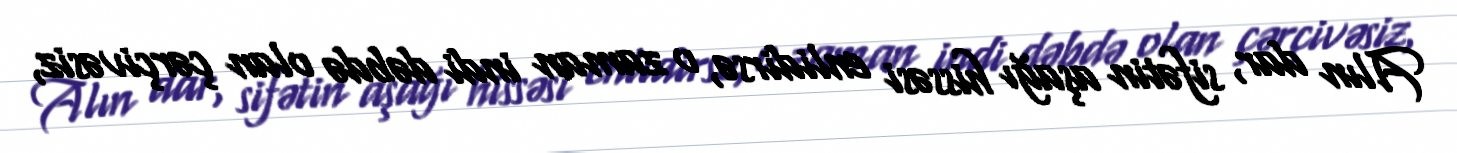
Alın dar, sifətin aşağı hissəsi enlidirsə, o zaman indi dəbdə olan çərçivəsiz,